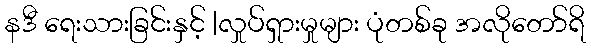
နဒီ ရေးသားခြင်းနှင့် |လှုပ်ရှားမှုများ ပုံတစ်ခု အလိုတော်ရိ